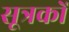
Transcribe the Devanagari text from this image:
सूत्रकों